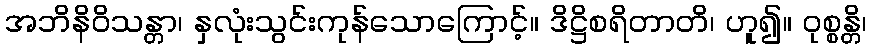
အဘိနိဝိသန္တာ၊ နှလုံးသွင်းကုန်သောကြောင့်။ ဒိဋ္ဌိစရိတာတိ၊ ဟူ၍။ ဝုစ္စန္တိ၊